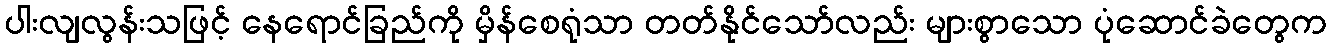
ပါးလျလွန်းသဖြင့် နေရောင်ခြည်ကို မှိန်စေရုံသာ တတ်နိုင်သော်လည်း များစွာသော ပုံဆောင်ခဲတွေက